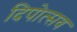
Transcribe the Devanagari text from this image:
दिपोत्सव